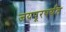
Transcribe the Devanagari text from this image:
जयपूरपर्यंत